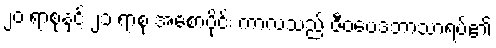
၂၀ ရာစုနှင့် ၂၁ ရာစု အစောပိုင်း ကာလသည် ဇီဝဗေဒဘာသာရပ်၏